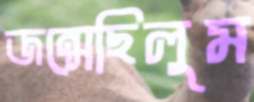
জন্মেছিলুম